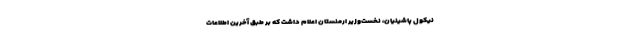
نیکول پاشینیان، نخست‌وزیر ارمنستان اعلام داشت که بر طبق آخرین اطلاعات